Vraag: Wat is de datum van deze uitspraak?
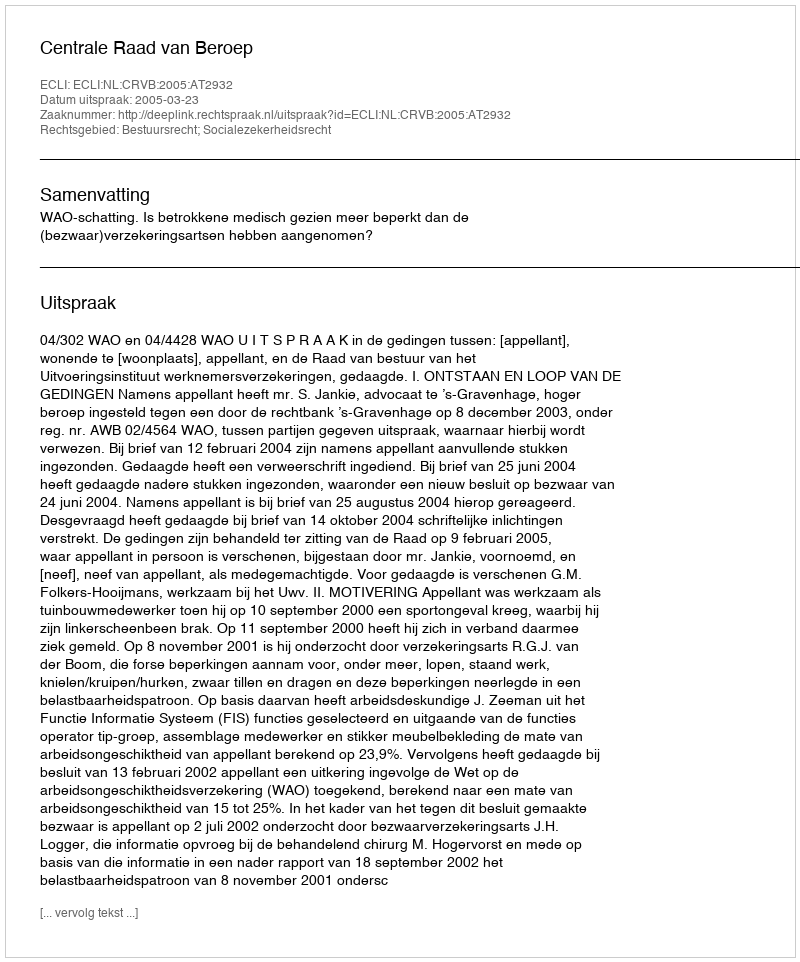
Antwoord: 2005-03-23